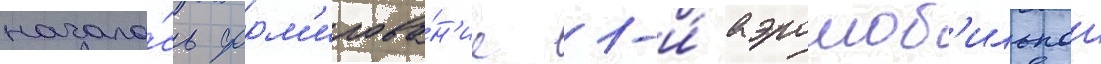
начало́сь форм'ирова́н'ие 1-и́ аэромоб'ильнои